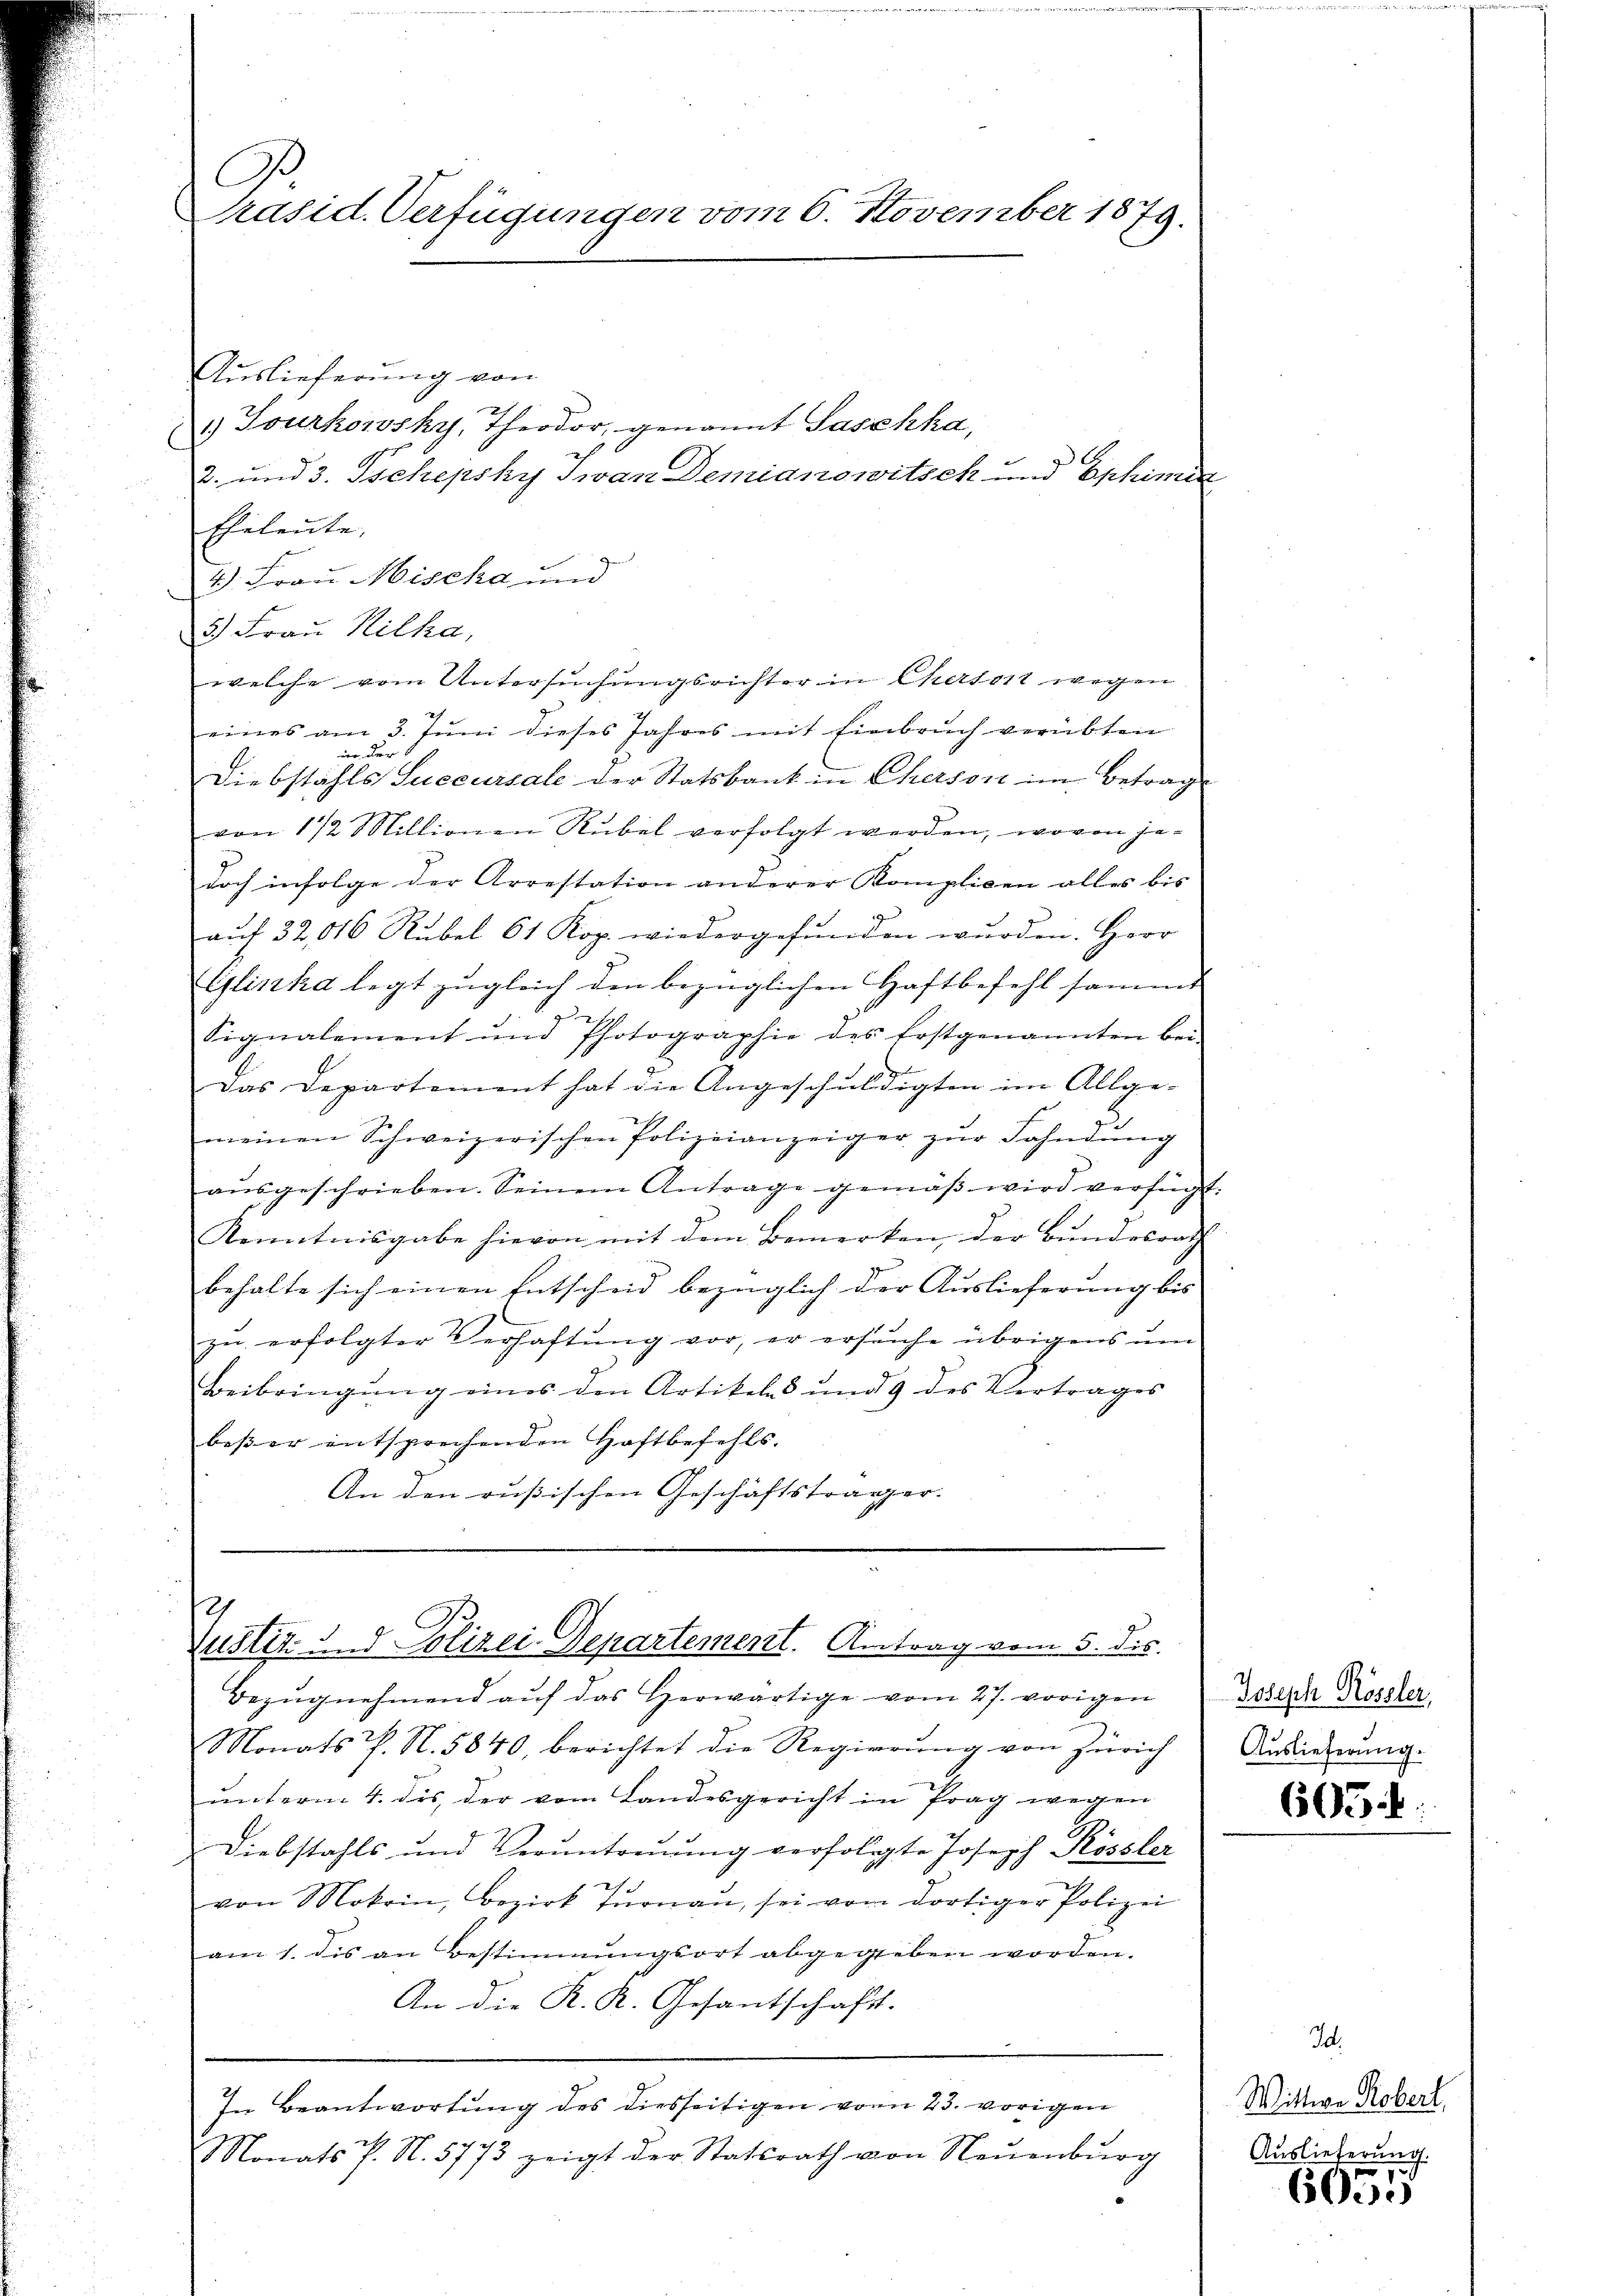
C
Präsid. Verfügungen vom 6. November 1879.

Auslieferung von
1.) Jourkorosky, Theodor genannt Paschka,
Eheleute,
Gemein
4) Frau Miseka und
3) Frau Hilka,
welche vom Untersuchungsrichter in Chersort wegen
eines am 3. Juni dieses Jahres mit Einbruch verübten
ier der S
Diebstahls Succursale der Statsbank in Cherson im Betrag
von 1/2 Millionen Rubel verfolgt werden, wovon jedoch infolge der Arrestation anderer Komplicen alles bis
aŭf 32, 06 Rŭbel 61 Kop. wiedergefŭnden wŭrden. Herr
Gyliska legt zugleich den bezüglichen Haftbefehl sammt
Signalement und Photographie des Erstgenannten bei
.
Das Departement hat die Angeschŭldigten im Allge-
meinen Schweizerischen Polizeianzeiger zŭr Fahndŭng
aŭsgeschrieben. Seinem Antrage gemäβ wird verfügt
Kenntnisgabe hievon mit dem Bemerken, der Bundesrath
behalte sich einen Entscheid bezüglich der Auslieferung bis
zŭ erfolgter Verhaftŭng vor, er ersŭche übrigens ŭm
Beibringung eines den Artikeles und 9 des Vertrages
beßer entsprechenden Haftbefehls.
An den russischen Geschäftsträger-

2. und 3. Tschepsky Jwan Demianowitsek und Ephimit

.
Justiz und Polizei-Departement. Antrag vom 5. ds.

Monats P. N. 5840, berichtet die Regierung von Zürich
ŭnterm 4. des der vom Landesgericht in Prag wegen
Diebstahls und Veruntreuung verfolgte Joseph Kössler
von Mokrin, Bezirk Tŭrnau, sei vom dortiger Polizei
am 1. dis an Bestimmungsort abgegeben worden.
An die K. K. Gesantschaft.
In Beantwortung des diesseitigen vom 23. vorigen
Monats P. N. 5775 zeigt der Statsrath von Neuenburg

Bezŭgnehmend auf das Herwärtige vom 27. vorigen

Joseph Rössler,
Auslieferung.

605

I.
Wittwe Robert.
Auslieferung.

6055